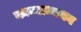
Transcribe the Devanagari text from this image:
काव्याध्ययन